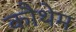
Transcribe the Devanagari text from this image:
कौथेम